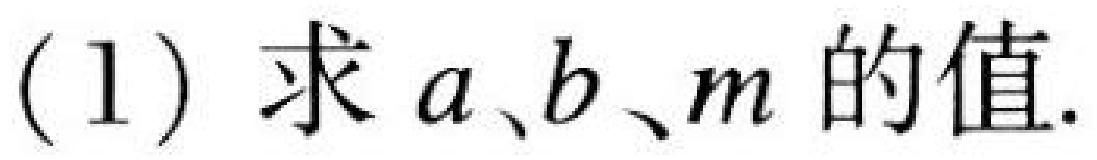
(1) 求 \(a、b、m\) 的值.